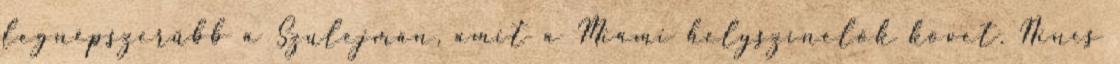
legnépszerűbb a Szulejmán, amit a Miami helyszínelők követ. Nincs